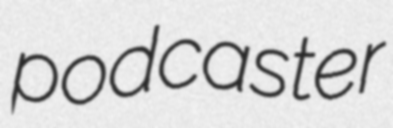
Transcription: podcaster